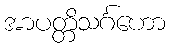
အာပတ္တိသင်္ဂဟော